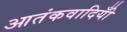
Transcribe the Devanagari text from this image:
आतंकवादियोँ